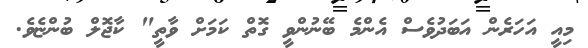
މިއީ އަހަރެން އަބަދުވެސް އެންމެ ބޭނުންވީ ގޮތް ކަމަށް ވާތީ" ކާޖޮލް ބުންޏެވެ.